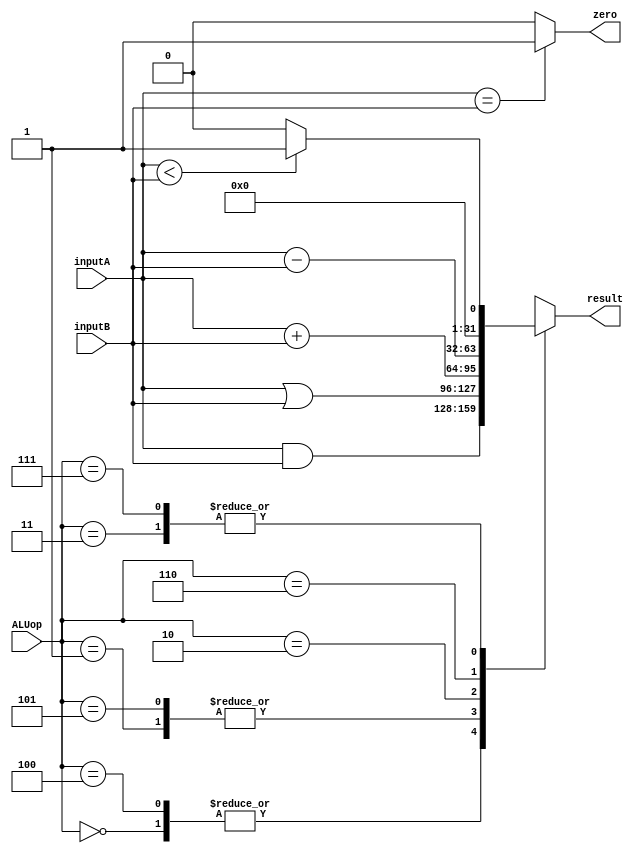
/* A alu module*/
module ALU(inputA, inputB, ALUop, result, zero);
input [31:0] inputA, inputB; /* 32bit input */
input [2:0] ALUop; /* 3bit ALUoperation */

output [31:0] result; /* 32bit output */
reg [31:0] result;
output zero; /* for checking whether inputA and inputB are same */
reg zero;

/*whenever input or ALUop changes*/
always @(inputA or inputB or ALUop) /* when inputA or inputB or ALUop changes */
begin 
/*it supports AND, OR, ADD, ,SUB, SLT with a zero output*/

/* new code start */
   
	case(ALUop) /* according to ALUop */
		3'b000: result=inputA&inputB; /* when ALUop value is X00, do and operation */ 
		3'b100: result=inputA&inputB;
		3'b001: result=inputA|inputB;  /* when ALUop value is X01, do or operation */ 
		3'b101: result=inputA|inputB;
		3'b010: result=inputA+inputB; /* when ALUop value is 010, do add operation */ 
		3'b110: result=inputA-inputB; /* when ALUop value is 110, do sub operation */ 
		3'b011: if(inputA<inputB)result=1; /* when ALUop value is X11, do SLT operation */
			else result=0;
		3'b111: if(inputA<inputB)result=1; /* if inputA is less than inputB, change the result value to 1 */
			else result=0;
		default: result=1'bx; /* if ALUop value is not in range */

/* new code end */

	endcase

   if (inputA == inputB) /* if inputA and inputB are same */
       zero = 1; /* change the zero value to 1 */
   else /* if inputA and inputB are not same */
       zero = 0; /* change the zero value to 0 */

end 
endmodule